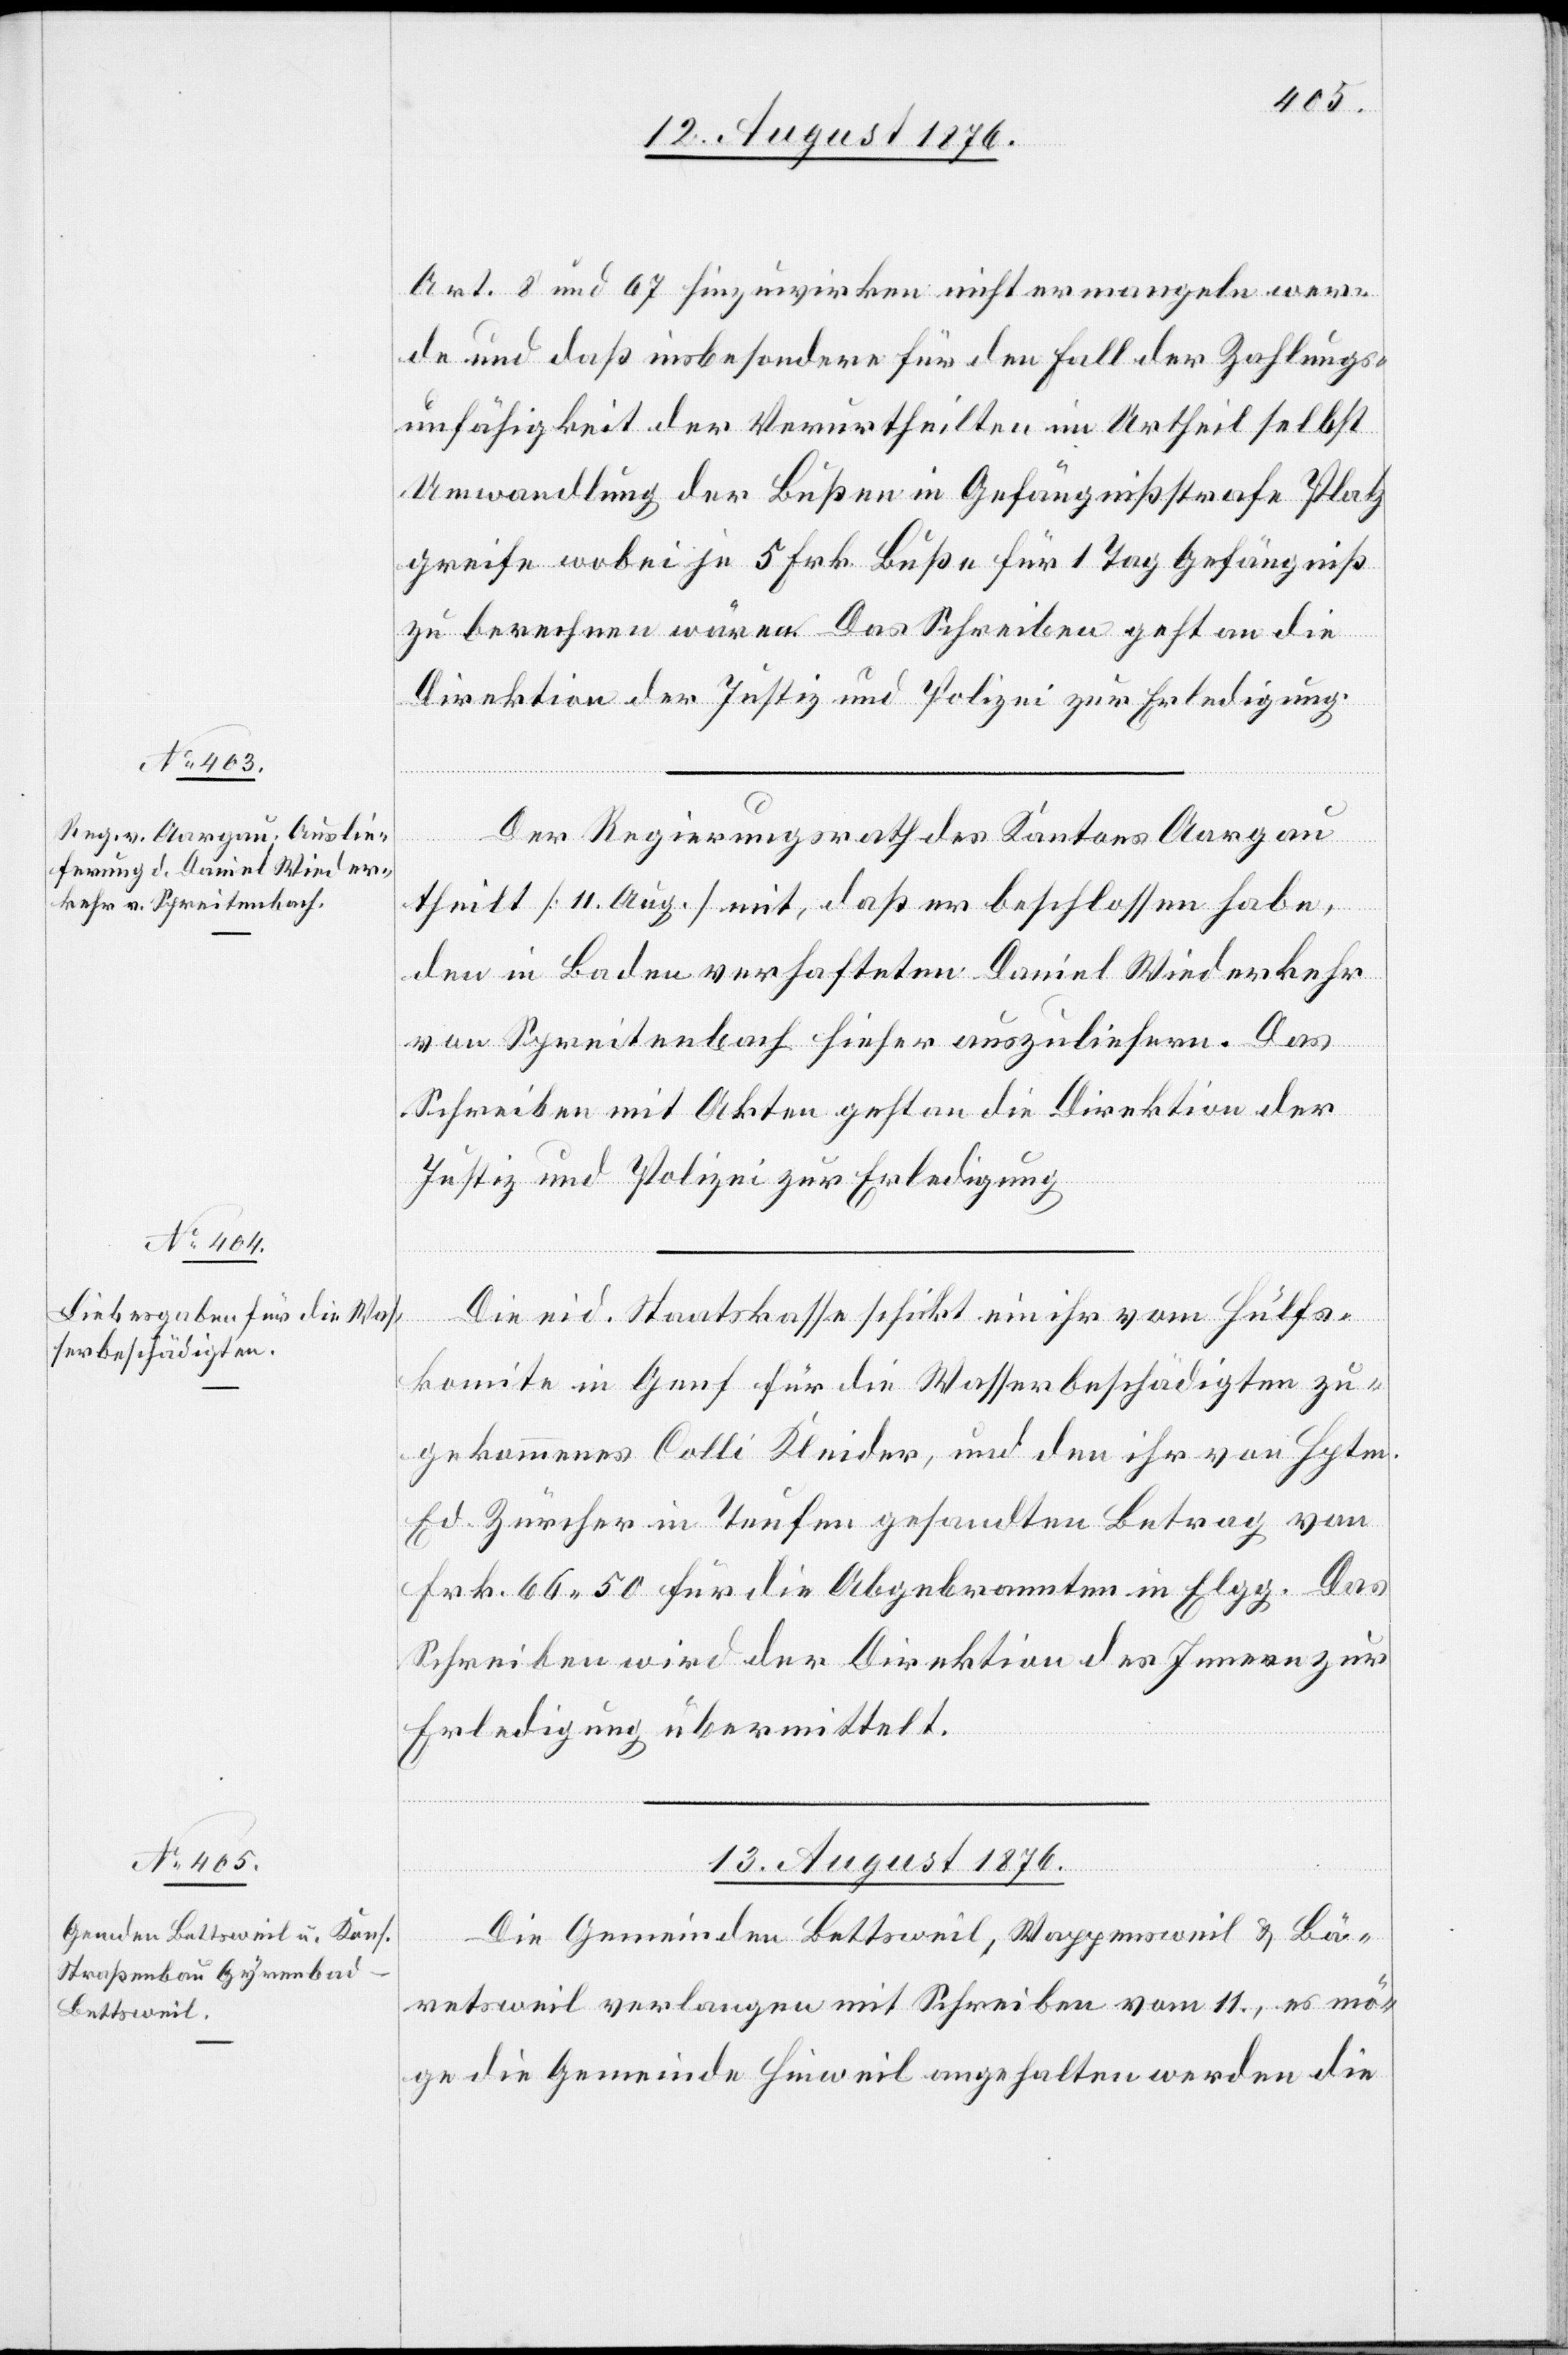
12. August 1876.]
Art. 8 und 67 hinzuwirken nicht ermangeln wer¬
de und daß insbesondere für den Fall der Zahlungs¬
unfähigkeit der Verurtheilten im Urtheil selbst
Umwandlung der Bußen in Gefängnißstrafe Platz
greife wobei je 5 Frk. Buße für 1 Tag Gefängniß
zu berechnen wären. Das Schreiben geht an die
Direktion der Justiz und Polizei zur Erledigung.
Der Regierungsrath des Kantons Aargau
theilt [11. Aug.] mit, daß er beschlossen habe,
den in Baden verhafteten Daniel Wiederkehr
von Spreitenbach hieher auszuliefern. Das
Schreiben mit Akten geht an die Direktion der
Justiz und Polizei zur Erledigung.
Die eid. Staatskasse schickt ein ihr vom Hülfs¬
komite in Genf für die Wasserbeschädigten zu¬
gekommenes Colli Kleider, und den ihr von Hptm.
Ed. Zürcher in Taufen gesandten Betrag von
Frk. 66 50 für die Abgebrannten in Elgg. Das
Schreiben wird der Direktion des Innern zur
Erledigung übermittelt.
13. August 1876.
Die Gemeinden Bettsweil, Wappensweil & Bä¬
retsweil verlangen mit Schreiben vom 11., es mö¬
ge die Gemeinde Hinweil angehalten werden die